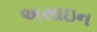
અસાઇન